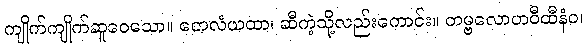
ကျိုက်ကျိုက်ဆူဝေသော။ တေလံယထာ၊ ဆီကဲ့သို့လည်းကောင်း။ တမ္ဗလောဟဝီထီနံဝ၊